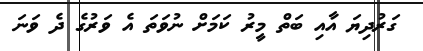
ގަރުދިޔަ އާއި ބަތް މީރު ކަމަށް ނުވަތަ އެ ވަރުގެ ދެ ވަނަ